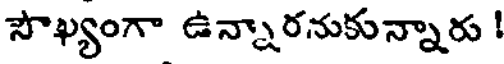
సౌఖ్యంగా ఉన్నారనుకున్నారు !